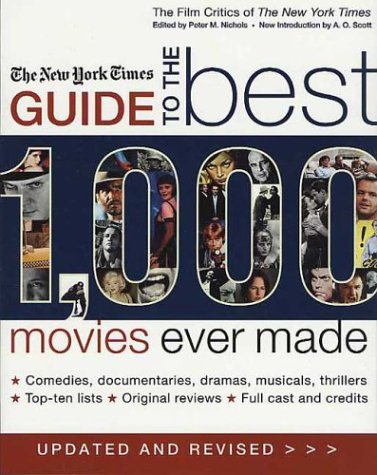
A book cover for The New York Times Guide to the Best 1,000 Movies Ever Made (Film Critics of the New York Times); The New York Times; Humor & Entertainment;